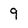
Character: 9